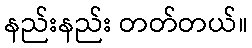
နည်းနည်း တတ်တယ်။